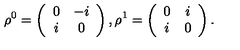
\rho ^ { 0 } = \left( \begin{array} { c c } { 0 } & { - i } \\ { i } & { 0 } \\ \end{array} \right) , \rho ^ { 1 } = \left( \begin{array} { c c } { 0 } & { i } \\ { i } & { 0 } \\ \end{array} \right) .